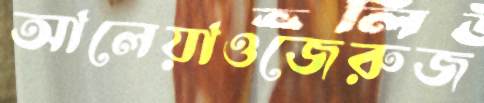
আলেয়াওজেরুজ